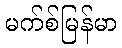
မက်စ်မြန်မာ